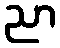
ညာ